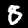
Label: 8